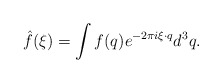
\begin{align*}\hat{f}(\xi) = \int f(q) e^{-2\pi i \xi \cdot q}d^3q.\end{align*}